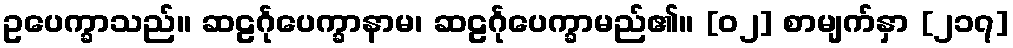
ဥပေက္ခာသည်။ ဆဠင်္ဂုပေက္ခာနာမ၊ ဆဠင်္ဂုပေက္ခာမည်၏။ [၀၂] စာမျက်နှာ [၂၁၇]